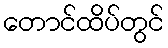
တောင်ထိပ်တွင်